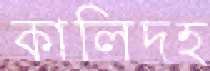
কালিদহ